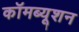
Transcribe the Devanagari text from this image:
कॉमब्यूशन